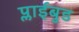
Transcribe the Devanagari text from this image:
प्लाईबुड